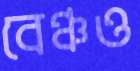
বেঞ্চও